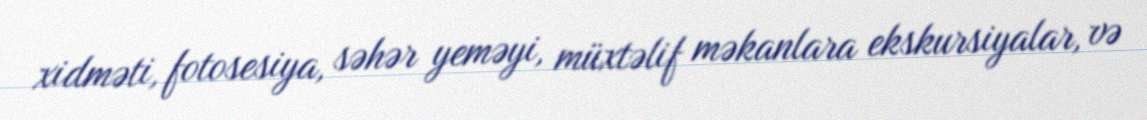
xidməti, fotosesiya, səhər yeməyi, müxtəlif məkanlara ekskursiyalar, və